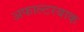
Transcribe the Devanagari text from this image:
अफाल्टरबाक